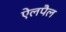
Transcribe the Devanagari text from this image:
ऐलपैल